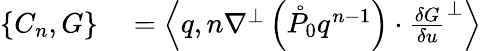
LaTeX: \begin{array}{rl}{\{ C_{n},G\} }&{{}=\left\langle q,n\nabla^{\perp}\left(\mathring{P}_{0}q^{n-1}\right)\cdot\frac{\delta G}{\delta u}^{\perp}\right\rangle}\end{array}